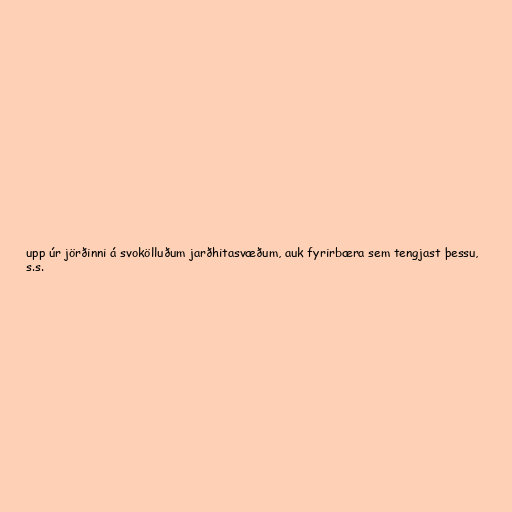
upp úr jörðinni á svokölluðum jarðhitasvæðum, auk fyrirbæra sem tengjast þessu,
s.s.